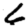
Digit: 6